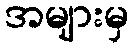
အများမှ